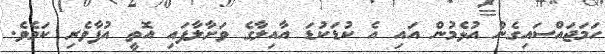
ހަމަޖައްސައިގެން އުޅެމުން އައި އެ ކުޑަކުޑަ އާއިލާގެ ވަށާލާފައި އޮތީ އުފާވެރި ކަމެވެ.